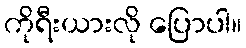
ကိုရီးယားလို ပြောပါ။